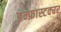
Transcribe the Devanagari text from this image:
इन्फ्रास्टक्चर